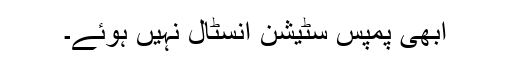
ابھی پمپس سٹیشن انسٹال نہیں ہوئے۔